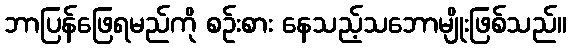
ဘာပြန်ဖြေရမည်ကို စဉ်းစား နေသည့်သဘောမျိုးဖြစ်သည်။